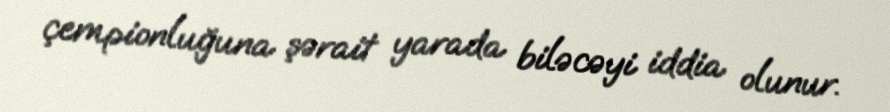
çempionluğuna şərait yarada biləcəyi iddia olunur.